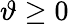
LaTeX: \vartheta\geq 0